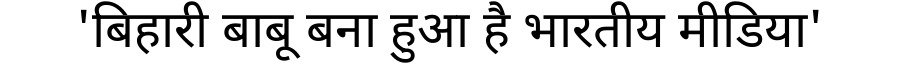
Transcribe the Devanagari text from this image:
'बिहारी बाबू बना हुआ है भारतीय मीडिया'